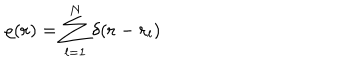
\varrho ( { \bf r } ) = \sum _ { l = 1 } ^ { N } \delta ( { \bf r } - { \bf r } _ { l } )